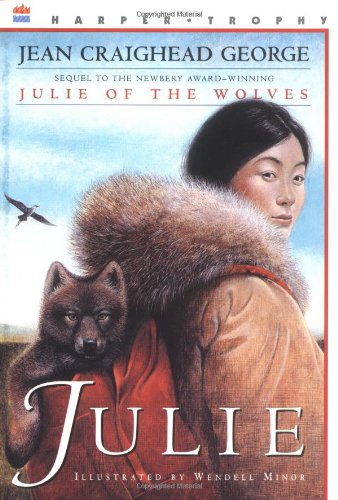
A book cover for Julie; Jean Craighead George; Children's Books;